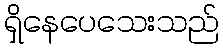
ရှိနေပေသေးသည်